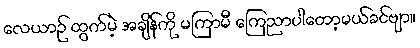
လေယာဉ် ထွက်မဲ့ အချိန်ကို မကြာမီ ကြေညာပါတော့မယ်ခင်ဗျာ။